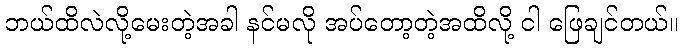
ဘယ်ထိလဲလို့မေးတဲ့အခါ နင်မလို အပ်တော့တဲ့အထိလို့ ငါ ဖြေချင်တယ်။